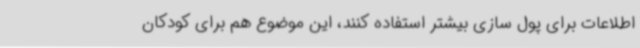
اطلاعات برای پول سازی بیشتر استفاده کنند، این موضوع هم برای کودکان